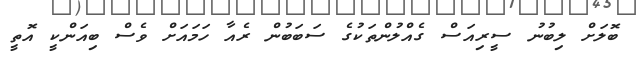
ބޮލަށް ލިބުނު ސީރިއަސް ގެއްލުންތަކުގެ ސަބަބުން ރެއާ ހަމައަށް ވެސް ބިއަންކީ އޮތީ